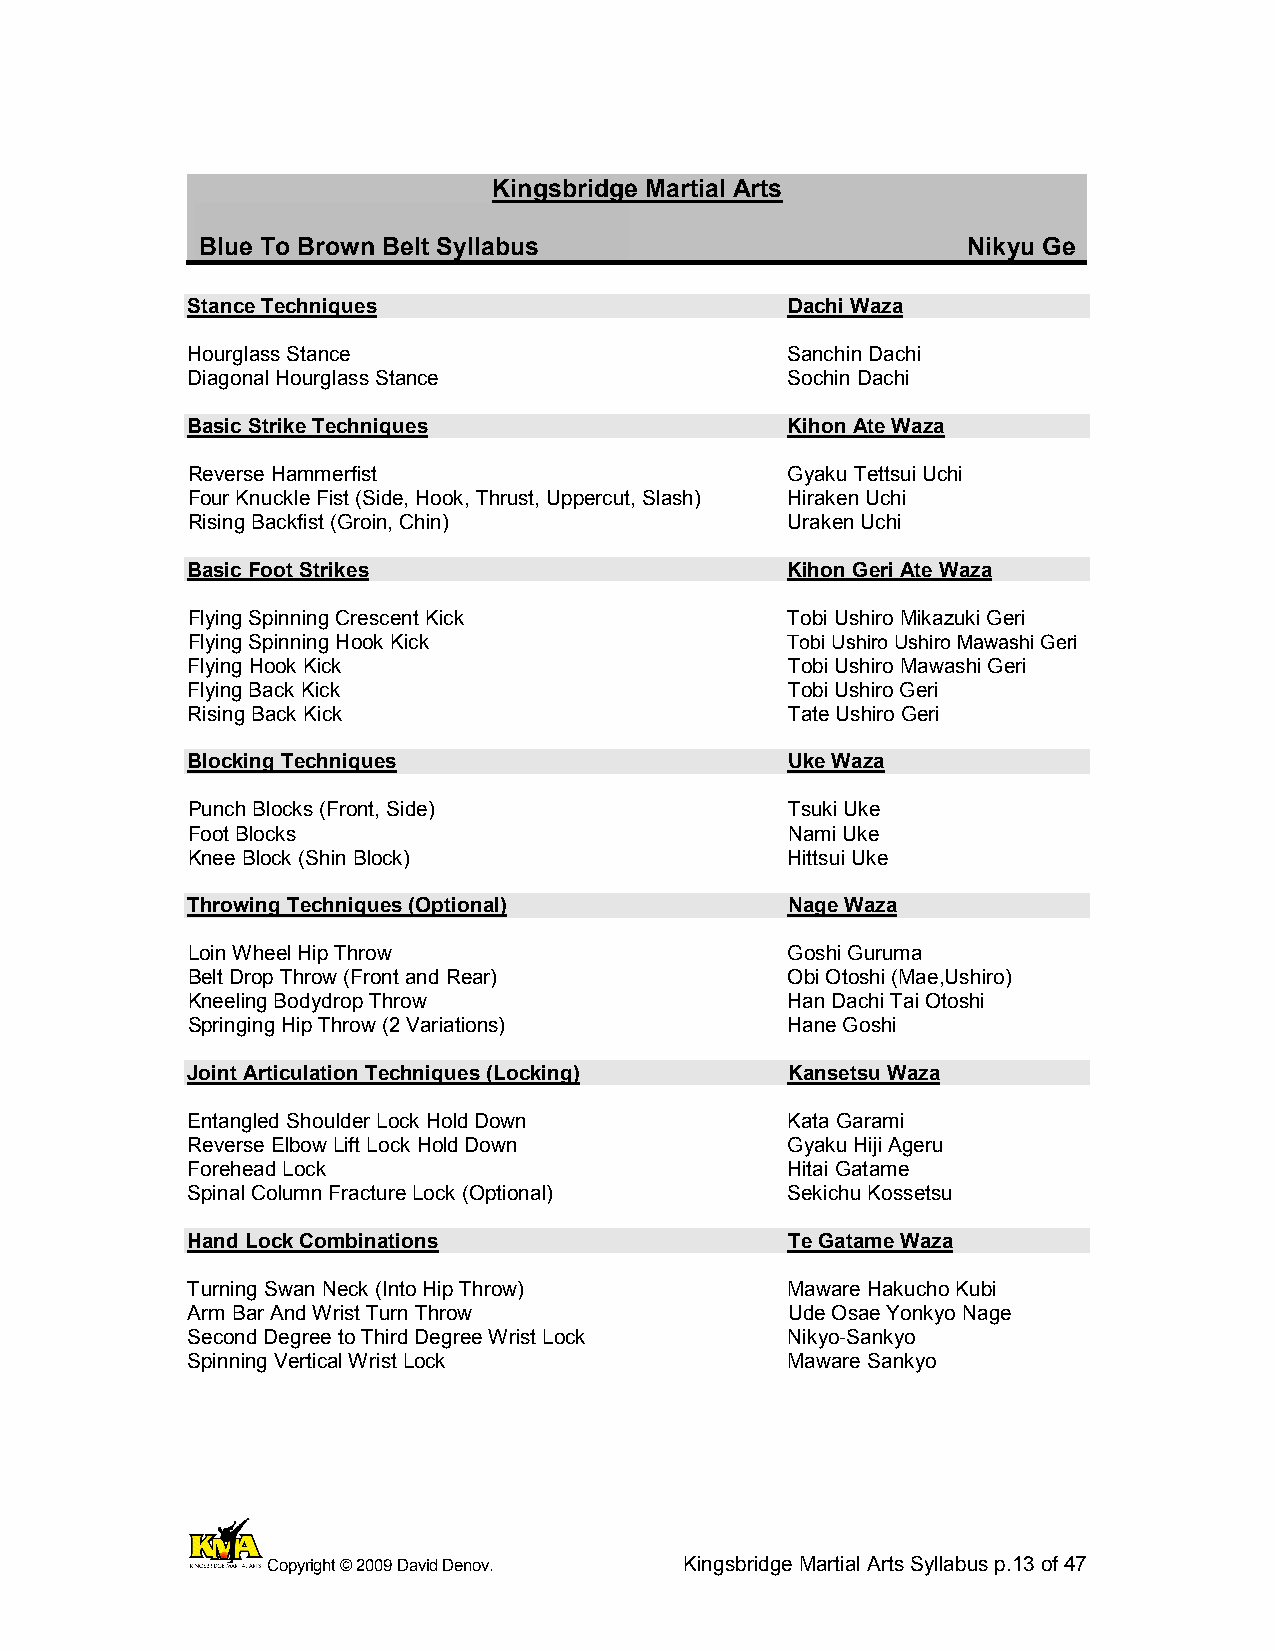
Kingsbridge Martial Arts
 Blue To Brown Belt Syllabus                        Nikyu Ge
 Stance Techniques                       Dachi Waza
 Hourglass Stance                        Sanchin Dachi
 Diagonal Hourglass Stance               Sochin Dachi
 Basic Strike Techniques                 Kihon Ate Waza
 Reverse Hammerfist                      Gyaku Tettsui Uchi
 Four Knuckle Fist (Side, Hook, Thrust, Uppercut, Slash) Hiraken Uchi
 Rising Backfist (Groin, Chin)           Uraken Uchi
 Basic Foot Strikes                      Kihon Geri Ate Waza
 Flying Spinning Crescent Kick           Tobi Ushiro Mikazuki Geri
 Flying Spinning Hook Kick               Tobi Ushiro Ushiro Mawashi Geri
 Flying Hook Kick                        Tobi Ushiro Mawashi Geri
 Flying Back Kick                        Tobi Ushiro Geri
 Rising Back Kick                        Tate Ushiro Geri
 Blocking Techniques                     Uke Waza
 Punch Blocks (Front, Side)              Tsuki Uke
 Foot Blocks                             Nami Uke
 Knee Block (Shin Block)                 Hittsui Uke
 Throwing Techniques (Optional)          Nage Waza
 Loin Wheel Hip Throw                    Goshi Guruma
 Belt Drop Throw (Front and Rear)        Obi Otoshi (Mae,Ushiro)
 Kneeling Bodydrop Throw                 Han Dachi Tai Otoshi
 Springing Hip Throw (2 Variations)      Hane Goshi
 Joint Articulation Techniques (Locking) Kansetsu Waza
 Entangled Shoulder Lock Hold Down       Kata Garami
 Reverse Elbow Lift Lock Hold Down       Gyaku Hiji Ageru
 Forehead Lock                           Hitai Gatame
 Spinal Column Fracture Lock (Optional)  Sekichu Kossetsu
 Hand Lock Combinations                  Te Gatame Waza
 Turning Swan Neck (Into Hip Throw)      Maware Hakucho Kubi
 Arm Bar And Wrist Turn Throw            Ude Osae Yonkyo Nage
 Second Degree to Third Degree Wrist Lock Nikyo-Sankyo
 Spinning Vertical Wrist Lock            Maware Sankyo
 Copyright © 2009 David Denov. Kingsbridge Martial Arts Syllabus p.13 of 47